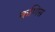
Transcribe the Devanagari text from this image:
कणिस